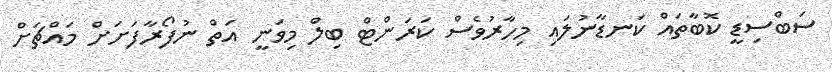
ސަބްސިޑީ ކޮބާތައް ކަނޑާނުލައި މިހާރުވެސް ކަރަންޓް ބިލް މިވަނީ އަތް ނުފޯރާފަށަށް މައްޗަށް